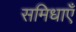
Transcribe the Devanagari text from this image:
समिधाएँ